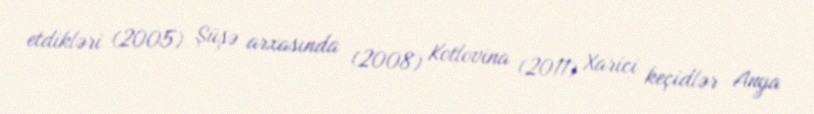
etdikləri (2005) Şüşə arxasında (2008) Kotlovina (2011) Xarici keçidlər Anya